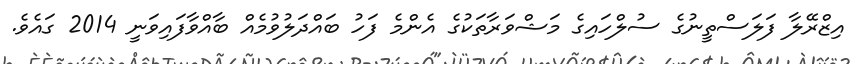
އިޒްރޭލާ ފަލަސްތީނުގެ ސުލްހައިގެ މަޝްވަރާތަކުގެ އެންމެ ފަހު ބައްދަލުވުމެއް ބާއްވާފައިވަނީ 2014 ގައެވެ.